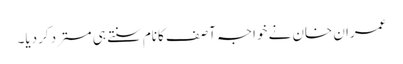
عمران خان نے خواجہ آصف کانام سنتے ہی مسترد کردیا۔